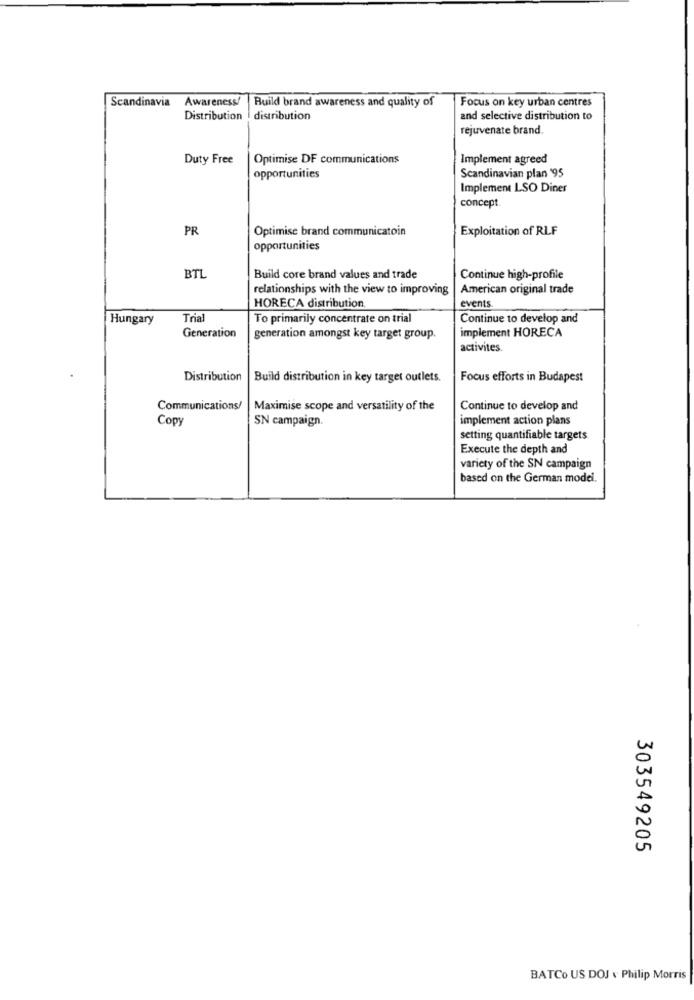
Scandinavia Awareness/
Build brand awareness and quality of
Focus on key urban centres
Distribution | distribution
and selective distribution to
rejuvenate brand.
Duty Free
Optimise DF communications
Implement agreed
Scandinavian plan '95
opportunities
Implement LSO Diner
concept.
PR
Optimise brand communicatoin
Exploitation of RLF
opportunities
BTL
Build core brand values and trade
Continue high-profile
relationships with the view to improving
American original trade
HORECA distribution
events
Hungary
Tria
To primarily concentrate on trial
Continue to develop and
implement HORECA
Generation
generation amongst key target group.
activites.
Distribution
Build distribution in key target outlets.
Focus efforts in Budapest
Communications/
Maximise scope and versatility of the
Continue to develop and
Copy
SN campaign.
implement action plans
setting quantifiable targets
Execute the depth and
variety of the SN campaign
based on the German model.
303549205
BATCO US DOJ v Philip Morris